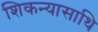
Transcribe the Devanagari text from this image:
शिकन्यासाथि